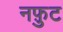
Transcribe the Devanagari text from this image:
नफ़ुट